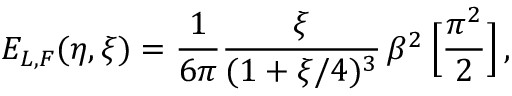
E _ { L , F } ( \eta , \xi ) = \frac { 1 } { 6 \pi } \frac { \xi } { ( 1 + \xi / 4 ) ^ { 3 } } \, \beta ^ { 2 } \, \Big [ \frac { \pi ^ { 2 } } { 2 } \Big ] \, ,